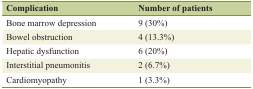
| Complication | Number of patients |
 | --- | --- |
 | Bone marrow depression | 9 (30%) |
 | Bowel obstruction | 4 (13.3%) |
 | Hepatic dysfunction | 6 (20%) |
 | Interstitial pneumonitis | 2 (6.7%) |
 | Cardiomyopathy | 1 (3.3%) |